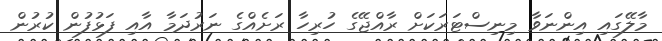
މާލޭގައި އިންނަވާ މިނިސްޓަރަކަށް ރާއްޖޭގެ ހުރިހާ ރަށެއްގެ ނަރުދަމާ އާއި ފަޅުފުން ކުރުން